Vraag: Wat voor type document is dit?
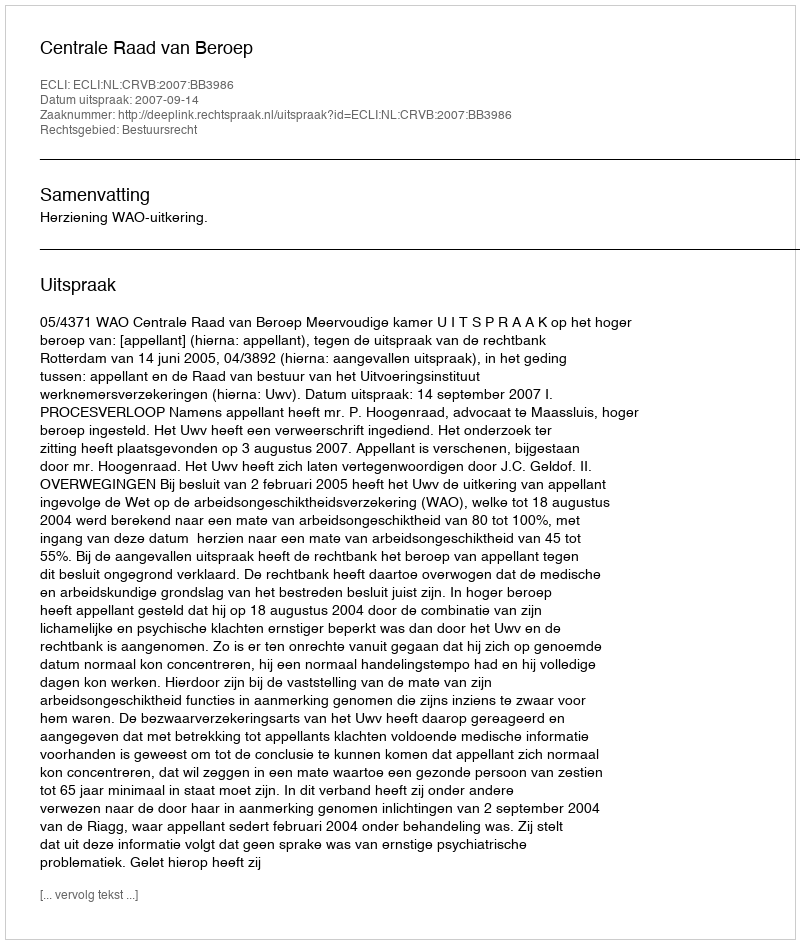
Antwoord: Uitspraak